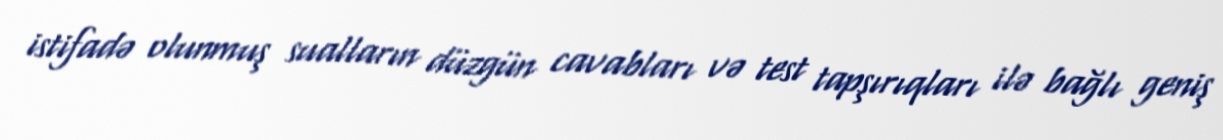
istifadə olunmuş sualların düzgün cavabları və test tapşırıqları ilə bağlı geniş